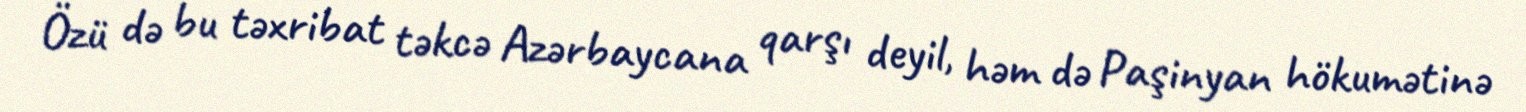
Özü də bu təxribat təkcə Azərbaycana qarşı deyil, həm də Paşinyan hökumətinə